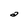
Character: a